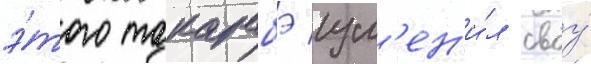
э́того такарабэ изм'ен'и́л своу́